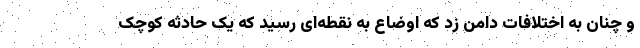
و چنان به اختلافات دامن زد که اوضاع به نقطه‌ای رسید که یک حادثه کوچک